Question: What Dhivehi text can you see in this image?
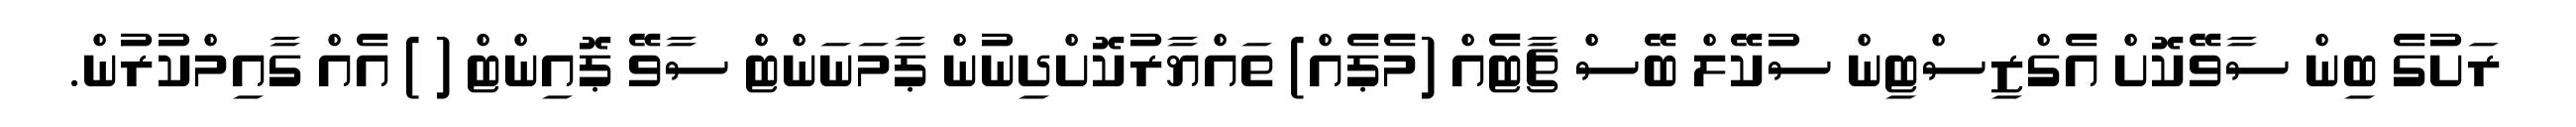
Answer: ރަށުގެ ބިން ސާވޭކޮށް އެގްޒިސްޓިން ސުކޭލް ބޭސް ޗާޓެއް (މެޕެއް) ތައްޔާރުކޮށްދިނުން ޕާމަނަންޓް ސާވޭ ޕޮއިންޓް ( ) އެއް ގާއިމްކުރުން.